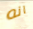
انه